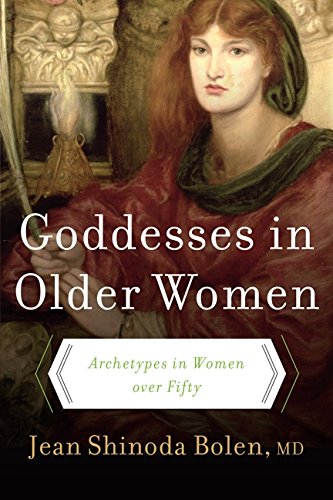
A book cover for Goddesses in Older Women: Archetypes in Women over Fifty; Jean Shinoda, M.D. Bolen; Religion & Spirituality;